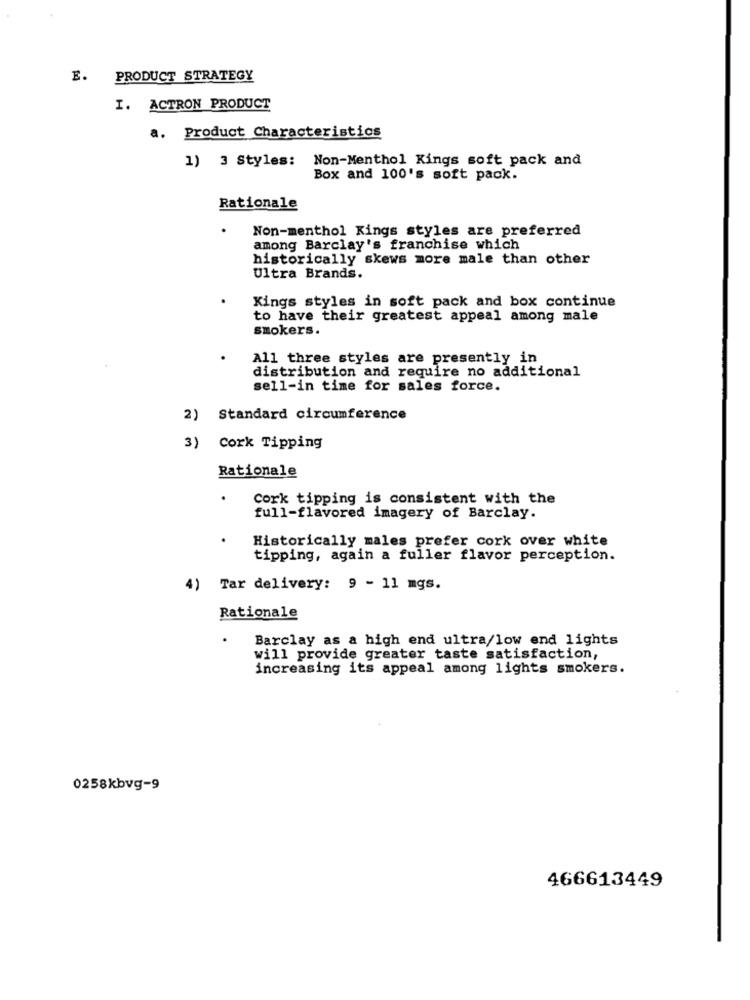
E. PRODUCT STRATEGY
I. ACTRON PRODUCT
a. Product Characteristics
1) 3 Styles:
Non-Menthol Kings soft pack and
Box and 100's soft pack.
Rationale
Non-menthol Kings styles are preferred
among Barclay's franchise which
historically skews more male than other
Ultra Brands.
Kings styles in soft pack and box continue
to have their greatest appeal among male
smokers.
All three styles are presently in
distribution and require no additional
sell-in time for sales force.
2) Standard circumference
3) Cork Tipping
Rationale
Cork tipping is consistent with the
full-flavored imagery of Barclay.
Historically males prefer cork over white
tipping, again a fuller flavor perception.
4)
Tar delivery: 9 - 11 mgs.
Rationale
.
Barclay as a high end ultra/low end lights
will provide greater taste satisfaction,
increasing its appeal among lights smokers.
0258kbvg-9
466613449